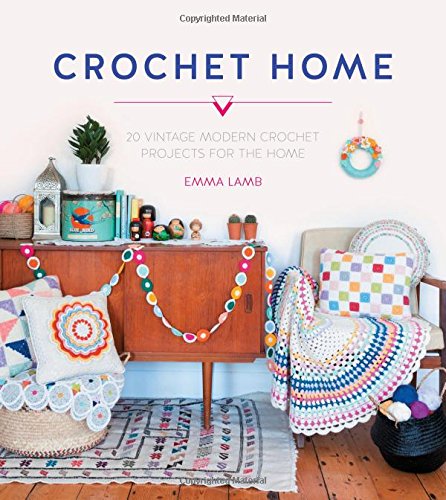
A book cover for Crochet Home: 20 Vintage Modern Projects for the Home; Emma Lamb; Crafts, Hobbies & Home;